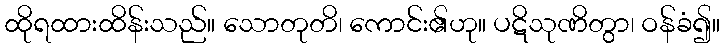
ထိုရထားထိန်းသည်။ သောတုတိ၊ ကောင်း၏ဟု။ ပဋိသုဏိတွာ၊ ဝန်ခံ၍။